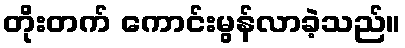
တိုးတက် ကောင်းမွန်လာခဲ့သည်။